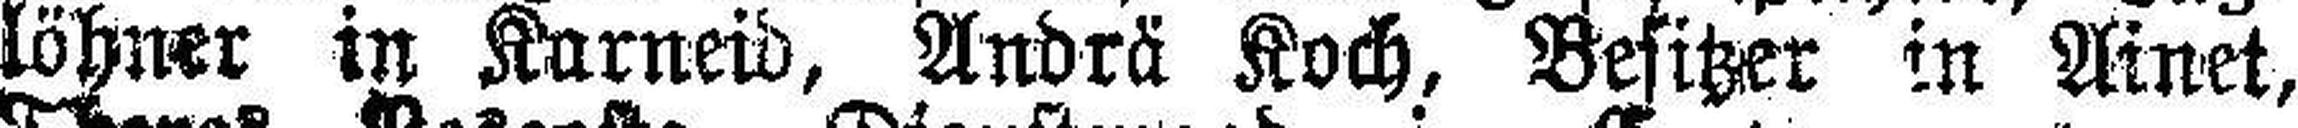
löhner in Karneid, Andrä Koch, Besitzer in Ainet,